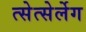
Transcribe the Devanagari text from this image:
त्सेत्सेर्लेग